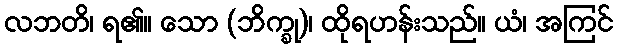
လဘတိ၊ ရ၏။ သော (ဘိက္ခု)၊ ထိုရဟန်းသည်။ ယံ၊ အကြင်